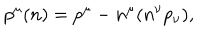
p ^ { \mu } ( n ) = p ^ { \mu } - n ^ { \mu } ( n ^ { \nu } p _ { \nu } ) ,